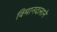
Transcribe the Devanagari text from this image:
विमानदलाने